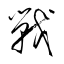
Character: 戦